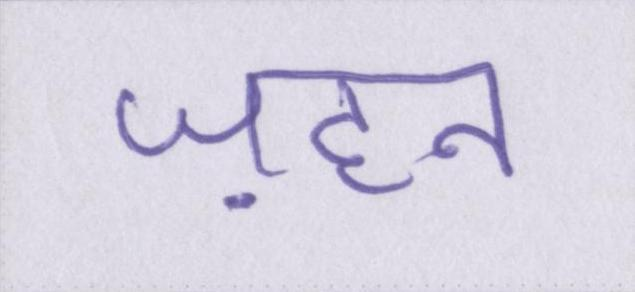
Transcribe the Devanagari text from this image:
ज़हन